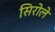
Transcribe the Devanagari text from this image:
सिरोले